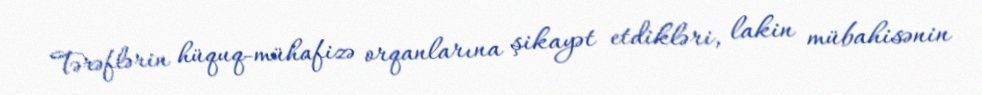
Tərəflərin hüquq-mühafizə orqanlarına şikayət etdikləri, lakin mübahisənin